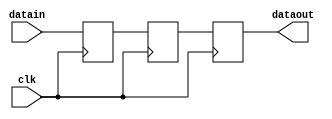
module delay1x3 (datain, dataout, clk);
    input datain; 
    output dataout; 
    wire dataout;
    input clk; 
    reg buff0; 
    reg buff1; 
    reg buff2; 
    assign dataout = buff2 ;
    always @(posedge clk)
    begin
       buff0 <= datain ; 
		buff1 <= buff0;
		buff2 <= buff1;
    end 
 endmodule